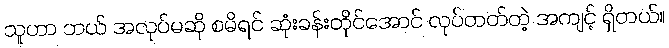
သူဟာ ဘယ် အလုပ်မဆို စမိရင် ဆုံးခန်းတိုင်အောင် လုပ်တတ်တဲ့ အကျင့် ရှိတယ်။